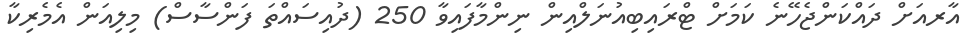
އާރއަށް ދައްކަންޖެހޭނެ ކަމަށް ޓްރައިބިއުނަލްއިން ނިންމާފައިވާ 250 (ދުއިސައްތަ ފަންސާސް) މިލިއަން އެމެރިކާ